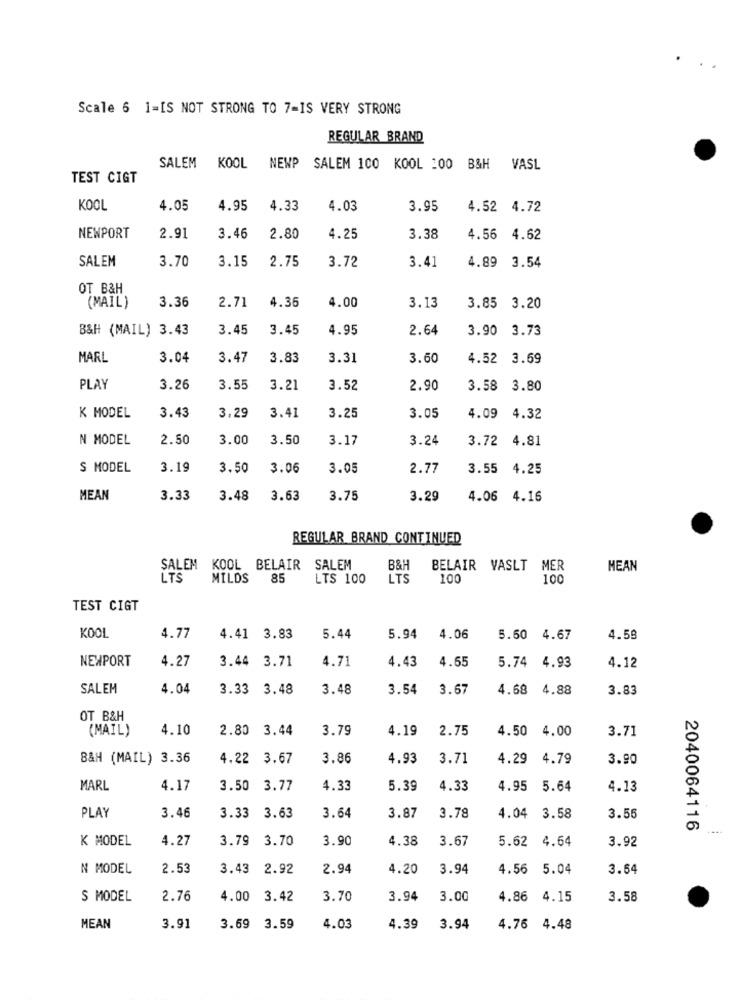
Scale 6 1=IS NOT STRONG TO 7=IS VERY STRONG
REGULAR BRAND
SALEM KOOL
NEWP
SALEM 100 KOOL :00 B&H VASL
TEST CIGT
KOOL
4.05
4.95
4.33
4.03
3.95
4.52 4.72
NEWPORT
2.91
3.46
2.80
4.25
3.38
4.56
4.62
SALEM
3.70
3.15
2.75
3.72
3.41
4.89
3.54
OT B&H
3.36
(MAIL)
2.71
4.35
4.00
3.13
3.85
3.20
B&H (MAIL) 3.43
3.45
3.45
4.95
2.64
3.90
3.73
MARL
3.04
3.47
3.83
3.31
3.60
4.52 3.69
PLAY
3.26
3.55
3.21
3.52
2.90
3.58
3.80
K MODEL
3.43
3.29
3.41
3.25
3.05
4.09
4.32
N MODEL
2.50
3.00
3.50
3.17
3.24
3.72 4.81
S MODEL
3.19
3.50
3.06
3.05
2.77
3.55
4.25
MEAN
3.33
3.48
3.63
3.75
3.29
4.06 4.16
REGULAR BRAND CONTINUED
SALEM KOOL BELAIR SALEM
B&H
BELAIR VASLT MER
MEAN
LTS
MILDS
85
LTS 100
LTS
100
100
TEST CIGT
KOOL
4.77
4.41 3.83
5.44
5.94
4.06
5.60 4.67
4.58
NEWPORT
4.27
3.44 3.71
4.71
4.65
5.74 4.93
4.43
4.12
SALEM
4.04
3.33 3.48
3.48
3.54
3.67
4.68 4.88
3.83
OT B&H
(MAIL)
4.10
2.80 3.44
3.79
4.19
2.75
4.50
4.00
3.71
B&H (MAIL) 3.36
4.22
3.67
3.86
4.93
3.71
4.29
4.79
3.90
MARL
4.17
3.50 3.77
4.33
5.39
4.33
4.95
5.64
4.13
PLAY
3.46
3.33
3.63
3.64
3.87
3.78
4.04 3.58
3.55
2040064116
K MODEL
4.27
3.79 3.70
3.90
4.38
3.67
5.62
4.64
3.92
N MODEL
2.53
3.43
2.92
2.94
4.20
3.94
4.56
5.04
3.64
S MODEL
2.76
4.00
3.42
3.70
3.94
3.00
4.86
4.15
3.58
MEAN
3.91
3.69
3.59
4.03
4.39
3.94
4.76 4.48